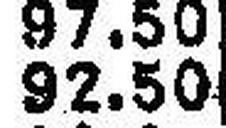
92.50